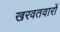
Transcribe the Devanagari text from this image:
खरवतवारों